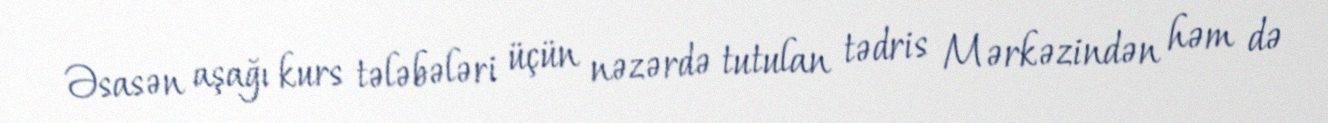
Əsasən aşağı kurs tələbələri üçün nəzərdə tutulan tədris Mərkəzindən həm də